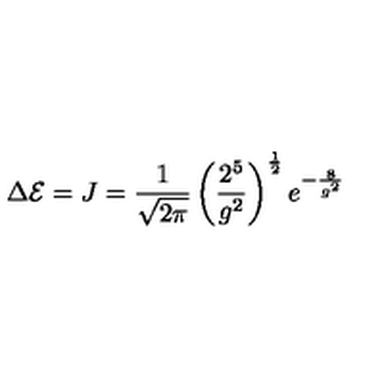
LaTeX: \Delta { \cal E } = J = \frac { 1 } { \sqrt { 2 \pi } } \left( \frac { 2 ^ { 5 } } { g ^ { 2 } } \right) ^ { \frac 1 2 } e ^ { - \frac { 8 } { g ^ { 2 } } }